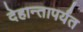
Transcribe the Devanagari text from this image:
देहान्तापर्यंत